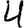
Digit: 4